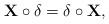
LaTeX: \begin{align*}\mathbf X\circ\delta=\delta\circ \mathbf X,\end{align*}